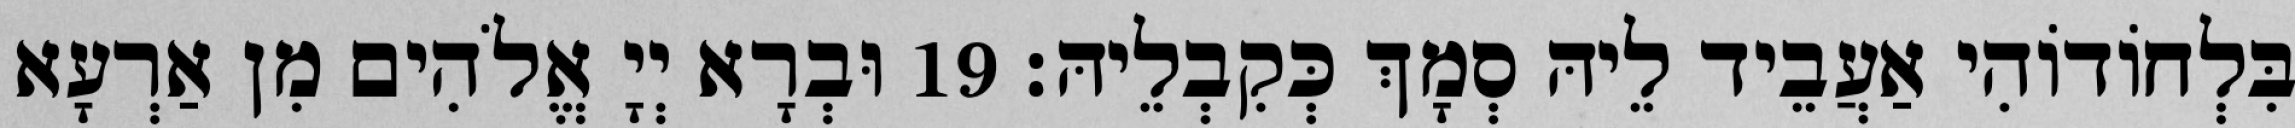
בִּלְחוֹדוֹהִי אַעֲבֵיד לֵיהּ סְמָךְ כְּקִבְלֵיהּ׃ 19 וּבְרָא יְיָ אֱלֹהִים מִן אַרְעָא